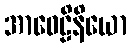
အာဝေဠိနိယော